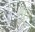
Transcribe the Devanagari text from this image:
शॉ।